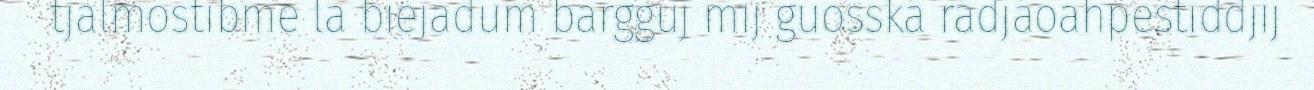
tjalmostibme la biejadum bargguj mij guosská rádjáoahpestiddjij